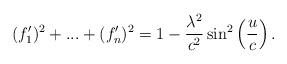
LaTeX: \begin{align*}(f_{1}^{\prime })^{2}+...+(f_{n}^{\prime })^{2}=1-\frac{\lambda ^{2}}{c^{2}}\sin ^{2}\left( \frac{u}{c}\right) . \end{align*}